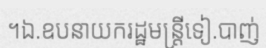
។ឯ.ឧបនាយករដ្ឋមន្ត្រីទៀ.បាញ់